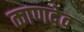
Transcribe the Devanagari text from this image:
काणदेव